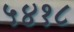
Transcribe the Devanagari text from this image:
५४१८